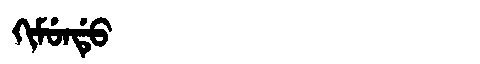
Manchu: ᡴᡳᠮᡠᠨᡩᡠ
Romanization: KIMUNDU